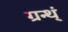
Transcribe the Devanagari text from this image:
ग्रन्थ्ं